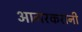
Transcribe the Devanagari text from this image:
आगरकरानी